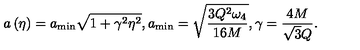
a \left( \eta \right) = a _ { \mathrm { m i n } } \sqrt { 1 + \gamma ^ { 2 } \eta ^ { 2 } } , a _ { \mathrm { m i n } } = \sqrt { \frac { 3 Q ^ { 2 } \omega _ { 4 } } { 1 6 M } } , \gamma = \frac { 4 M } { \sqrt { 3 } Q } .